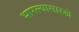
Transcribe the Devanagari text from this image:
भारल्यासारखे